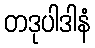
တဒုပါဒါနံ